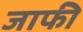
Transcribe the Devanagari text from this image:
जाफी